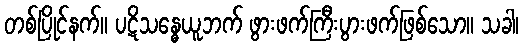
တစ်ပြိုင်နက်။ ပဋိသန္ဓေယူဘက် ဖွားဖက်ကြီးပွားဖက်ဖြစ်သော။ သခါ၊